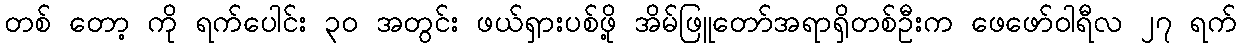
တစ် တော့ ကို ရက်ပေါင်း ၃၀ အတွင်း ဖယ်ရှားပစ်ဖို့ အိမ်ဖြူတော်အရာရှိတစ်ဦးက ဖေဖော်ဝါရီလ ၂၇ ရက်